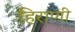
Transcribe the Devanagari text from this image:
हिराणी